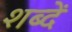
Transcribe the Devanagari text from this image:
शब्दें